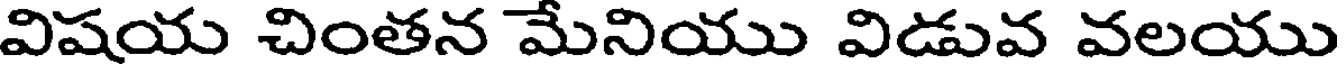
విషయ చింతన మేనియు విడువ వలయు